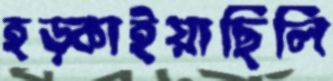
হড়্‌কাইয়াছিলি